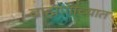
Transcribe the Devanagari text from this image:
ब्राह्मणांच्यात